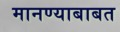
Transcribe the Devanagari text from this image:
मानण्याबाबत